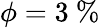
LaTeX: \phi=3~\%